Scottish Certificate of Education, 1962
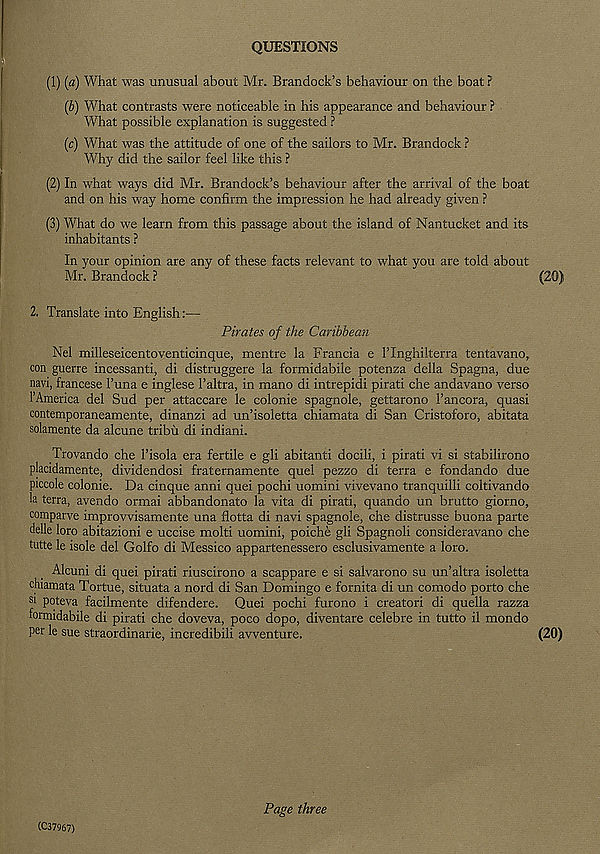
QUESTIONS
(1) (a) What was unusual about Mr. Brandock’s behaviour on the boat ?
(b) What contrasts were noticeable in his appearance and behaviour ?
What possible explanation is suggested ?
(c) What was the attitude of one of the sailors to Mr. Brandock ?
Why did the sailor feel like this ?
(2) In what ways did Mr. Brandock’s behaviour after the arrival of the boat
and on his way home confirm the impression he had already given ?
(3) What do we learn from this passage about the island of Nantucket and its
inhabitants ?
In your opinion are any of these facts relevant to what you are told about
Mr. Brandock ?
(20)
2. Translate into English:—
Pirates of the Caribbean
Nel milleseicentoventicinque, mentre la Francia e ITnghilterra tentavano,
con guerre incessanti, di distruggere la formidabile potenza della Spagna, due
navi, francese 1’una e inglese 1’altra, in mano di intrepidi pirati che andavano verso
1’America del Sud per attaccare le colonie spagnole, gettarono 1’ancora, quasi
contemporaneamente, dinanzi ad un’isoletta chiamata di San Cristoforo, abitata
solamente da alcune tribii di indiani.
Trovando che I’isola era fertile e gli abitanti docili, i pirati vi si stabilirono
placidamente, dividendosi fraternamente quel pezzo di terra e fondando due
piccole colonie. Da cinque anni quei pochi uomini vivevano tranquilli coltivando
la terra, avendo ormai abbandonato la vita di pirati, quando un brutto giorno,
comparve improvvisamente una flotta di navi spagnole, che distrusse buona parte
delle loro abitazioni e uccise molti uomini, poiche gli Spagnoli consideravano che
tutte le isole del Golfo di Messico appartenessero esclusivamente a loro.
Alcuni di quei pirati riuscirono a scappare e si salvarono su un’altra isoletta
chiamata Tortue, situata a nord di San Domingo e fornita di un comodo porto che
si poteva facilmente difendere. Quei pochi furono i creatori di quella razza
formidabile di pirati che doveva, poco dopo, diventare celebre in tutto il mondo
per le sue straordinarie, incredibili awenture.
(20)
(C37967)
Page three